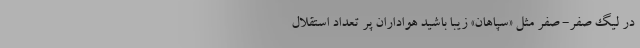
در لیگِ صفر- صفر مثل «سپاهان» زیبا باشید هواداران پر تعداد استقلال